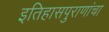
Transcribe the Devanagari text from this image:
इतिहासपुराणांचा